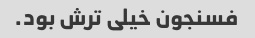
فسنجون خیلى ترش بود.